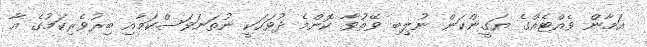
އަމާން ވެއްޓެއްގެ ޔަގީންކަން ނުލިބި ވޭތުވާ ކޮންމެ ދުވަހަކީ ނުތަނަވަސްކަމާއި ބިރުވެރިކަމުގެ އާ